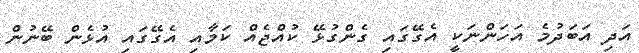
އަދި އަބަދުމެ އަހަންނަކީ އެގޭގައި ގެންގުޅޭ ކުއްޖެއް ކަމާއި އެގޭގައި އުޅެން ބޭނުން